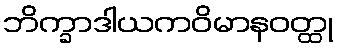
ဘိက္ခာဒါယကဝိမာနဝတ္ထု